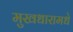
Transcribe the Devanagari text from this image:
मुखधारामधे